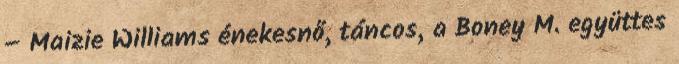
– Maizie Williams énekesnő, táncos, a Boney M. együttes